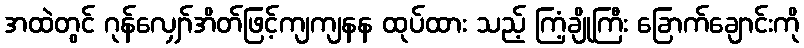
အထဲတွင် ဂုန်လျှော်အိတ်ဖြင့်ကျကျနန ထုပ်ထား သည့် ကြံ့ချိုကြီး ခြောက်ချောင်းကို